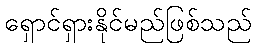
ရှောင်ရှားနိုင်မည်ဖြစ်သည်